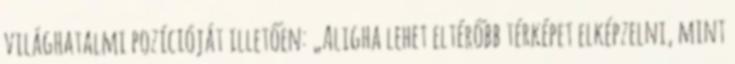
világhatalmi pozícióját illetően: „Aligha lehet eltérőbb térképet elképzelni, mint